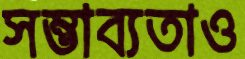
সম্ভাব্যতাও